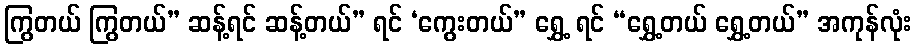
ကြွတယ် ကြွတယ်” ဆန့်ရင် ဆန့်တယ်” ရင် ‘ကွေးတယ်” ရွှေ့ ရင် “ရွှေ့တယ် ရွှေ့တယ်” အကုန်လုံး